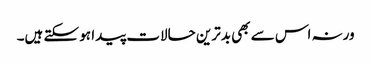
ورنہ اس سے بھی بدترین حالات پیدا ہو سکتے ہیں۔